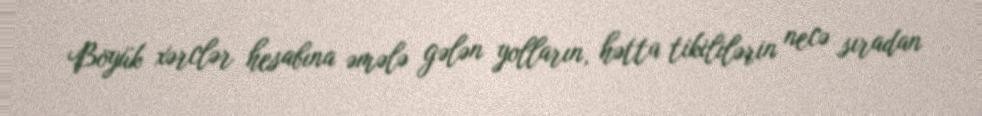
Böyük xərclər hesabına əmələ gələn yolların, hətta tikililərin necə sıradan